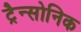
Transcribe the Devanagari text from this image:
ट्रैन्सोनिक